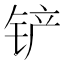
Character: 铲